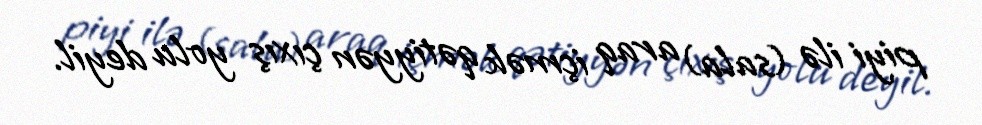
piyi ilə (sala) araq içmək qətiyyən çıxış yolu deyil.